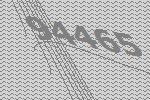
94465